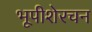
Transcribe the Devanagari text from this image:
भूपीशेरचन